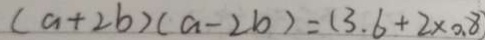
( a + 2 b ) ( a - 2 b ) = ( 3 . 6 + 2 \times 0 . 8